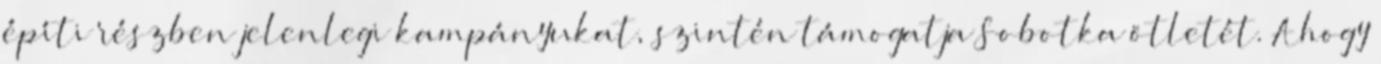
építi részben jelenlegi kampányukat, szintén támogatja Sobotka ötletét. Ahogy